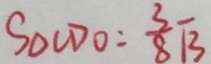
S _ { \Delta } C D O = \frac { 3 } { 8 } \sqrt { 3 }